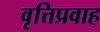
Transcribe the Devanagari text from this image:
वृत्तिप्रवाह